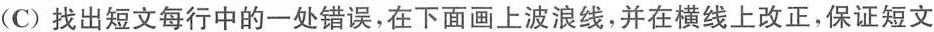
(C)找出短文每行中的一处错误,在下面画上波浪线,并在横线上改正,保证短文